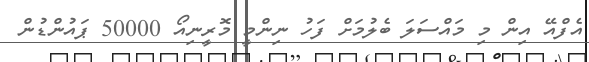
އެފްއޭ އިން މި މައްސަލަ ބެލުމަށް ފަހު ނިންމީ މޮރީނިއޯ 50000 ޕައުންޑުން